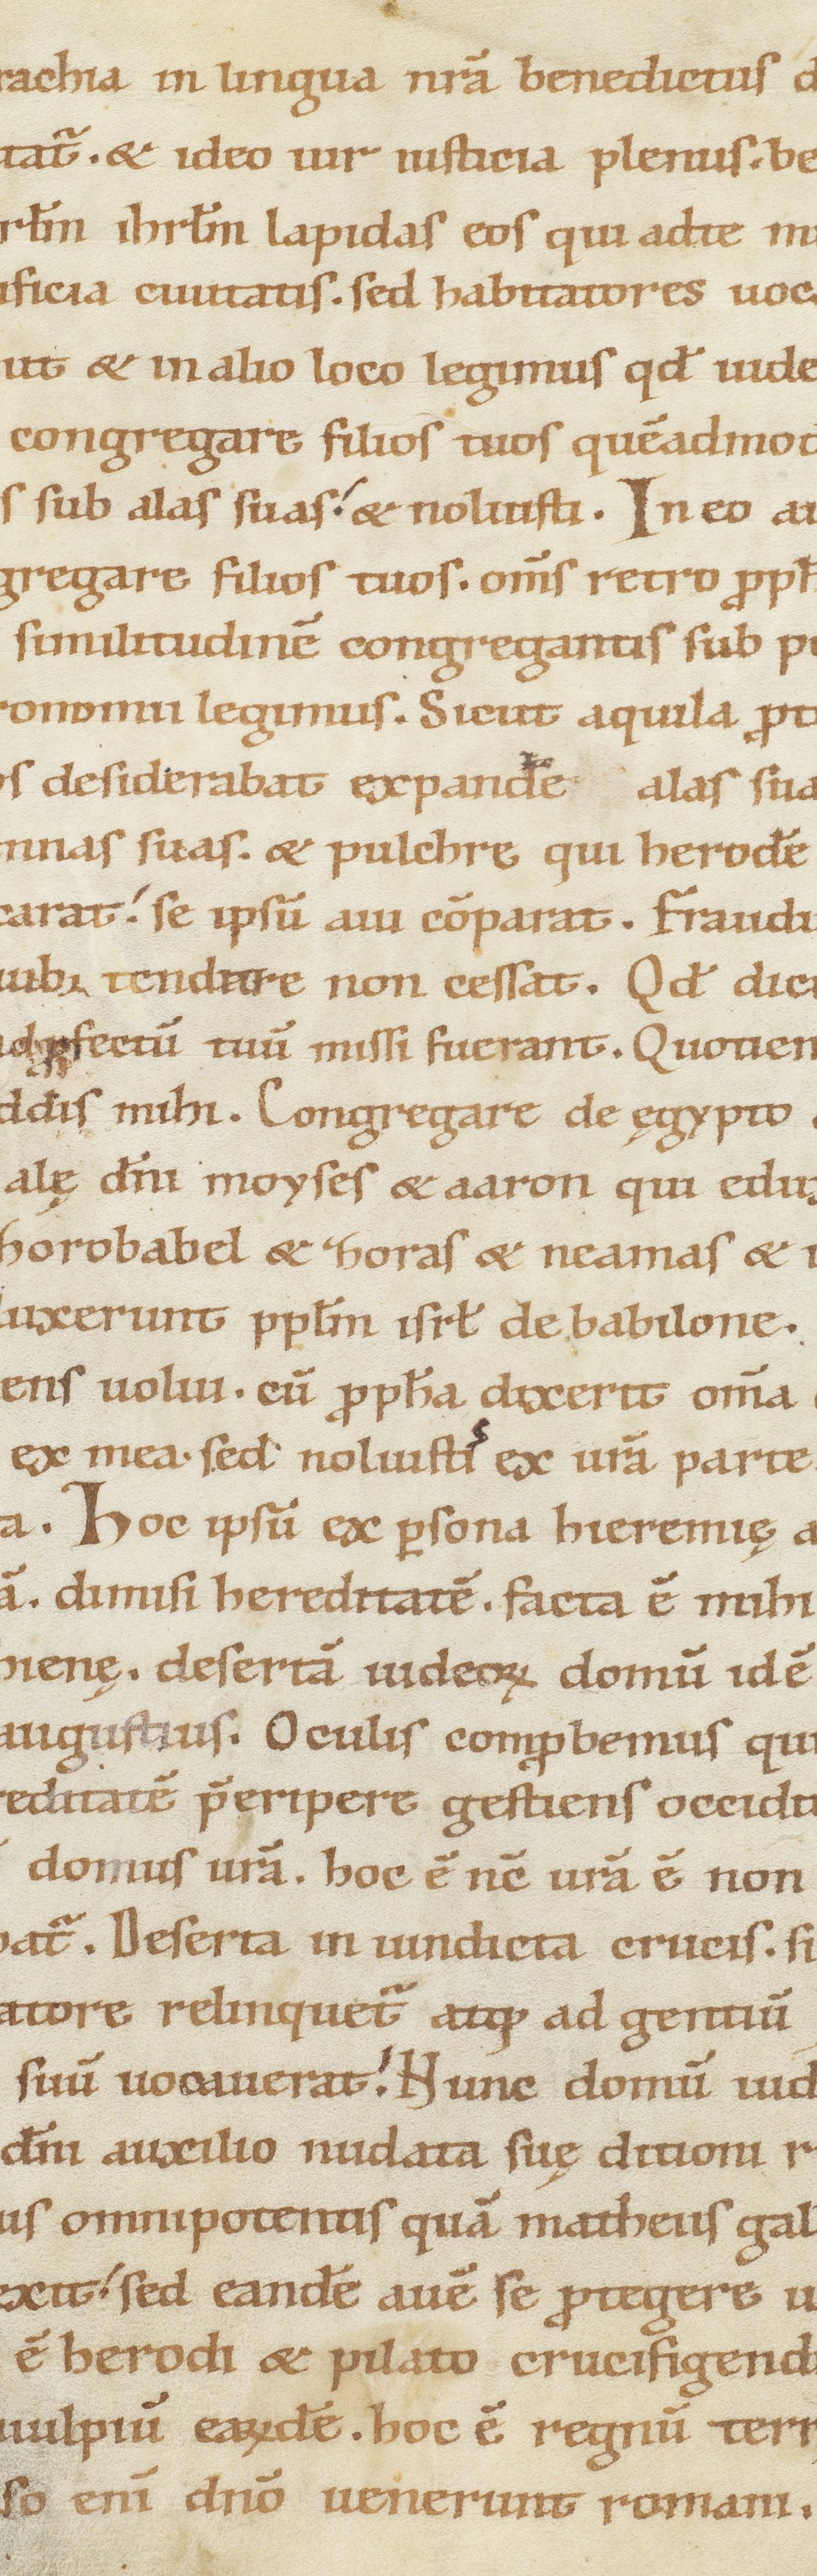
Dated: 1100–1199